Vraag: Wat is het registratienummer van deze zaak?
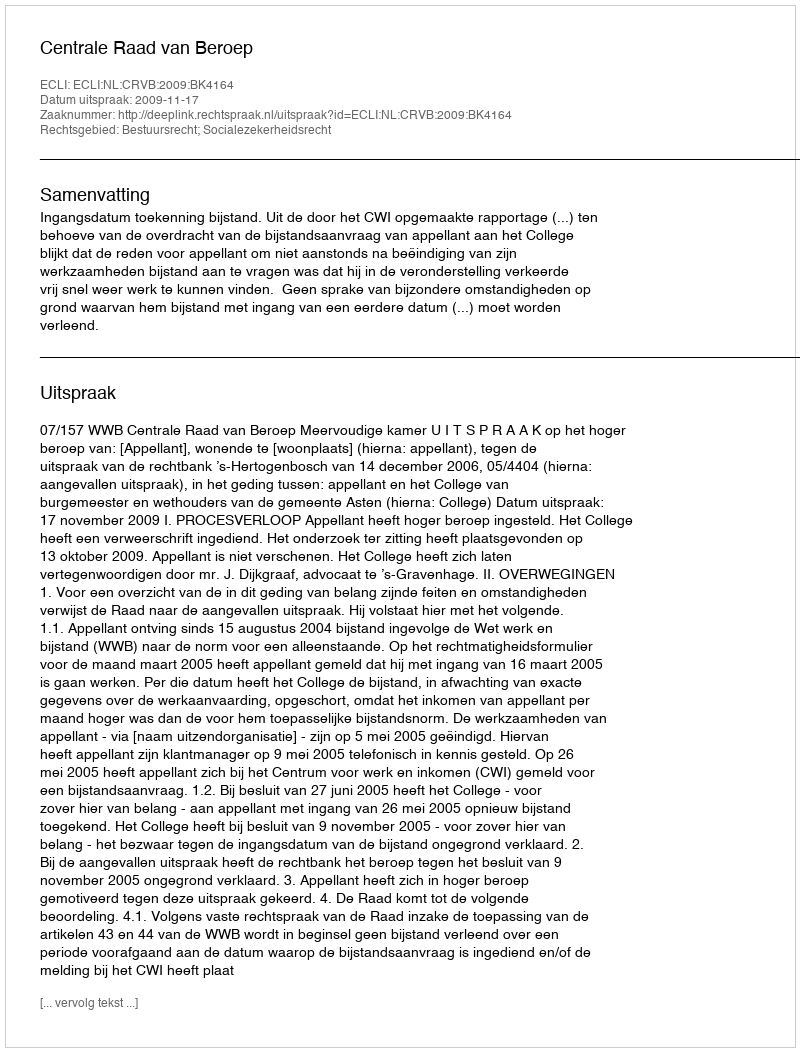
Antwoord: http://deeplink.rechtspraak.nl/uitspraak?id=ECLI:NL:CRVB:2009:BK4164